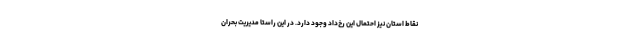
نقاط استان نیز احتمال این رخ‌داد وجود دارد. در این راستا مدیریت بحران